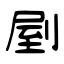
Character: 剭